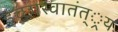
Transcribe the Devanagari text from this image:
इच्छास्वातंत््रय